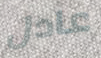
عادل